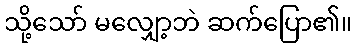
သို့သော် မလျှော့ဘဲ ဆက်ပြော၏။